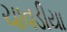
ચાવડીયા